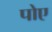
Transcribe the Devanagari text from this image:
पोए